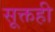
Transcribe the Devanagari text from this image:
सूक्तही